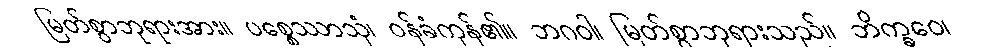
မြတ်စွာဘုရားအား။ ပစ္စေဿာသုံ၊ ဝန်ခံကုန်၏။ ဘဂဝါ၊ မြတ်စွာဘုရားသည်။ ဘိက္ခဝေ၊